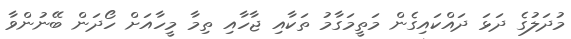
މުދަލުގެ ދަޅަ ދައްކައިގެން މަތީމަގާމު ތަކާއި ޖާހާއި ތިމާ މީހާއަށް ހޯދަން ބޭނުންވާ